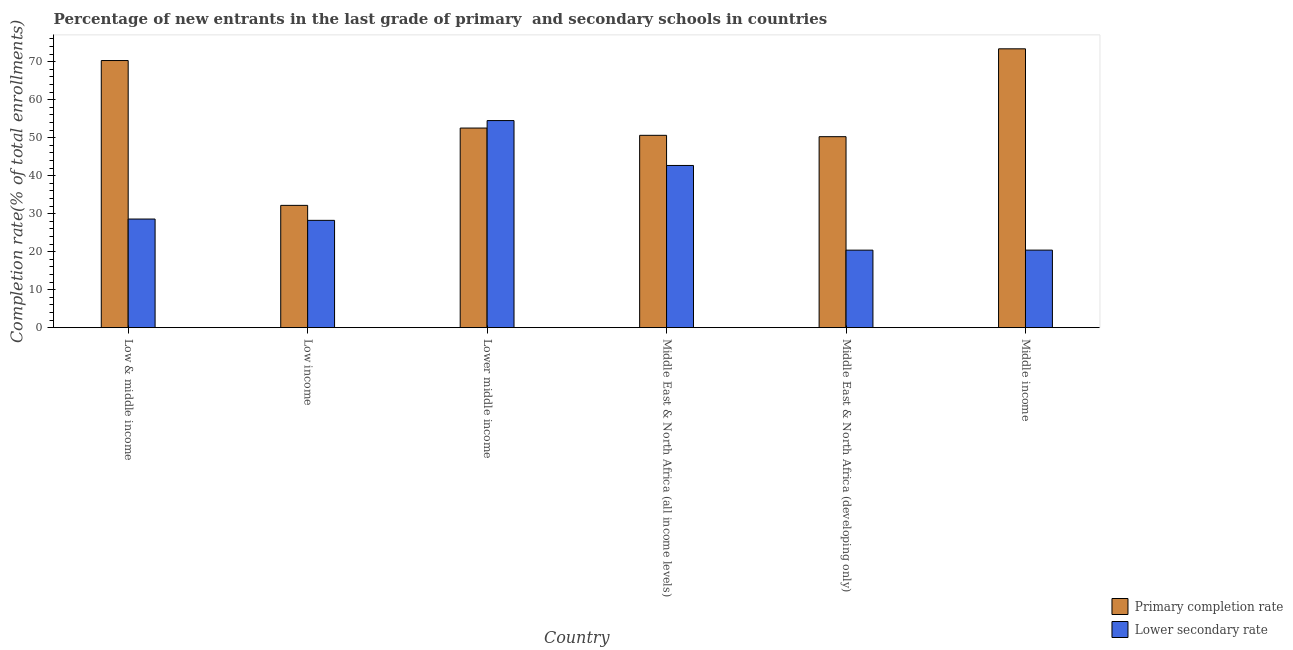
| Country | Primary completion rate | Lower secondary rate |
 | --- | --- | --- |
 | Low & middle income | 70.3 | 28.6 |
 | Low income | 32.2 | 28.2 |
 | Lower middle income | 52.5 | 54.5 |
 | Middle East & North Africa (all income levels) | 50.6 | 42.7 |
 | Middle East & North Africa (developing only) | 50.3 | 20.4 |
 | Middle income | 73.4 | 20.4 |